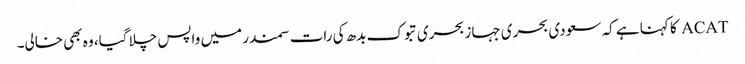
ACAT کا کہنا ہے کہ سعودی بحری جہاز بحری تبوک بدھ کی رات سمندر میں واپس چلا گیا، وہ بھی خالی۔